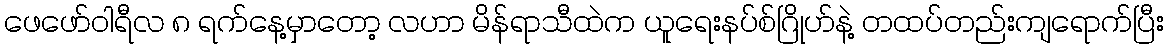
ဖေဖော်ဝါရီလ ၈ ရက်နေ့မှာတော့ လဟာ မိန်ရာသီထဲက ယူရေးနပ်စ်ဂြိုဟ်နဲ့ တထပ်တည်းကျရောက်ပြီး